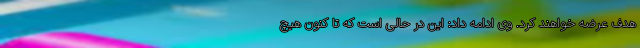
هدف عرضه خواهند کرد. وی ادامه داد: این در حالی است که تا کنون هیچ